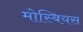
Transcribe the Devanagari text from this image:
मोस्बियस